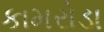
કામરોડા